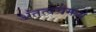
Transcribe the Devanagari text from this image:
अंतत्वचेमध्ये